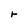
Character: r